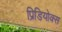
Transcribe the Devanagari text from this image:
प्रिडियोक्स